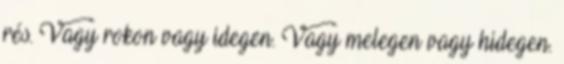
rés. Vagy rokon vagy idegen. Vagy melegen vagy hidegen.